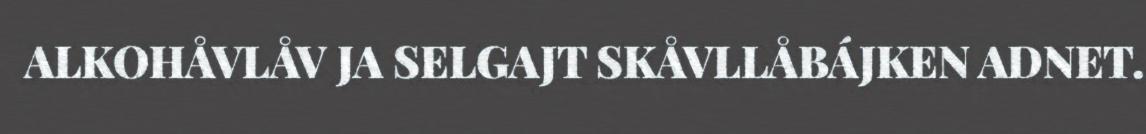
ALKOHÅVLÅV JA SELGAJT SKÅVLLÅBÁJKEN ADNET.